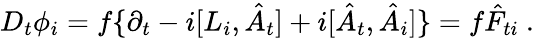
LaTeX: D_{t}\phi_{i}=f\{ \partial_{t}-i[L_{i},\hat{A}_{t}]+i[\hat{A}_{t},\hat{A}_{i}]\} =f\hat{F}_{ti}\ .